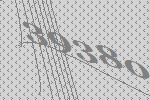
39380